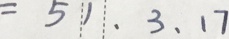
= 5 1 、 3 、 1 7